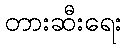
တားဆီးရေး